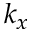
k _ { x }